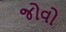
જોવો